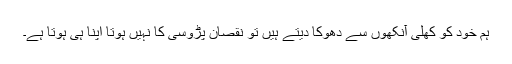
ہم خود کو کھلی آنکھوں سے دھوکا دیتے ہیں تو نقصان پڑوسی کا نہیں ہوتا اپنا ہی ہوتا ہے۔